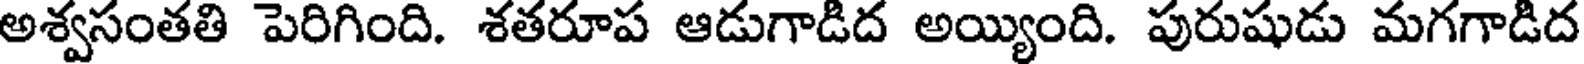
అశ్వసంతతి పెరిగింది. శతరూప ఆడుగాడిద అయ్యింది. పురుషుడు మగగాడిద